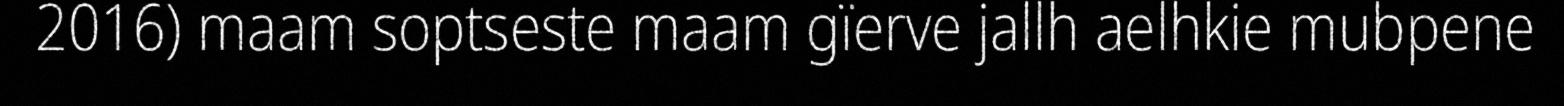
2016) maam soptseste maam gïerve jallh aelhkie mubpene